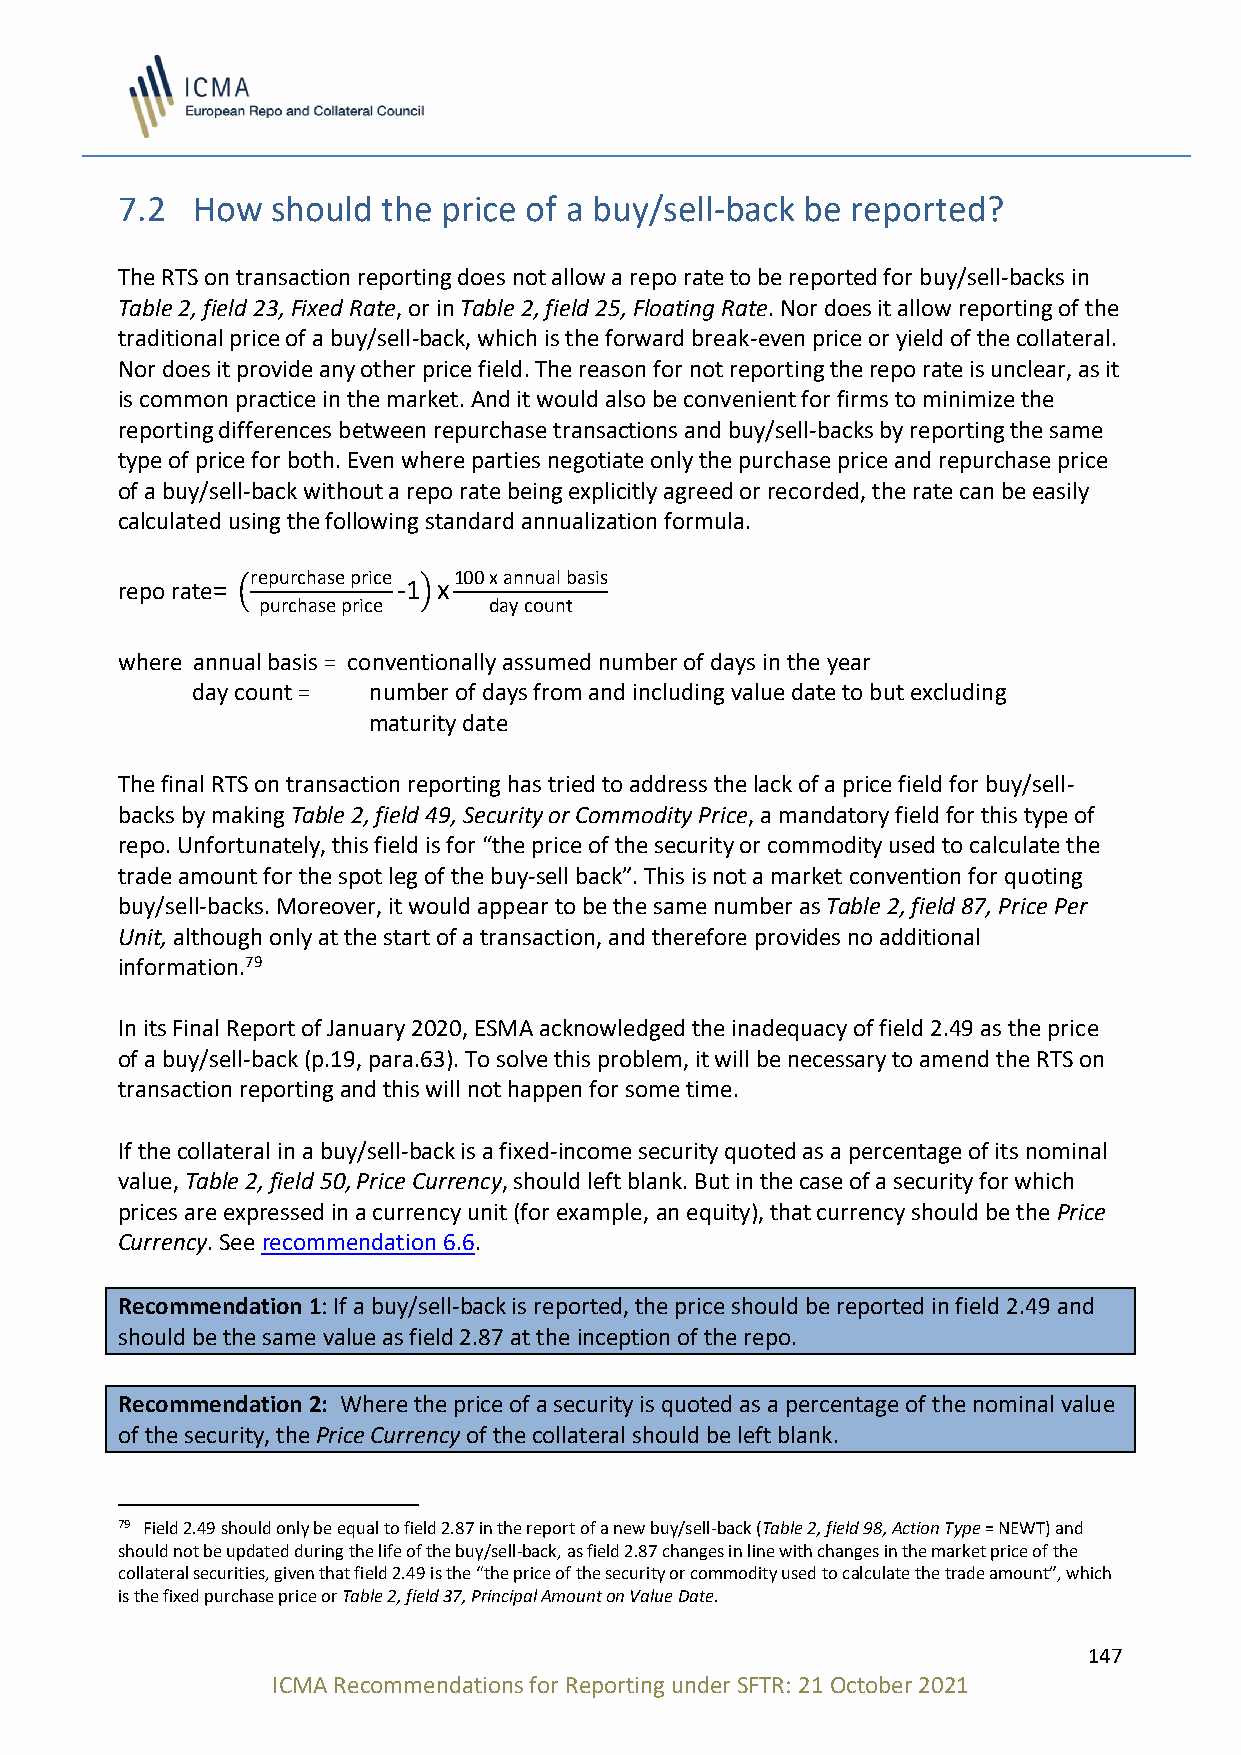
7.2  How  should the price of a buy/sell-back be reported?
 The RTS on transaction reporting does not allow a repo rate to be reported for buy/sell-backs in
 Table 2, field 23, Fixed Rate, or in Table 2, field 25, Floating Rate. Nor does it allow reporting of the
 traditional price of a buy/sell-back, which is the forward break-even price or yield of the collateral.
 Nor does it provide any other price field. The reason for not reporting the repo rate is unclear, as it
 is common practice in the market. And it would also be convenient for firms to minimize the
 reporting differences between repurchase transactions and buy/sell-backs by reporting the same
 type of price for both. Even where parties negotiate only the purchase price and repurchase price
 of a buy/sell-back without a repo rate being explicitly agreed or recorded, the rate can be easily
 calculated using the following standard annualization formula.
 repurchase price 100 x annual basis
 repo rate= (      -1)x
 purchase price day count
 where annual basis = conventionally assumed number of days in the year
 day count = number of days from and including value date to but excluding
 maturity date
 The final RTS on transaction reporting has tried to address the lack of a price field for buy/sell-
 backs by making Table 2, field 49, Security or Commodity Price, a mandatory field for this type of
 repo. Unfortunately, this field is for “the price of the security or commodity used to calculate the
 trade amount for the spot leg of the buy-sell back”. This is not a market convention for quoting
 buy/sell-backs. Moreover, it would appear to be the same number as Table 2, field 87, Price Per
 Unit, although only at the start of a transaction, and therefore provides no additional
 information.79
 In its Final Report of January 2020, ESMA acknowledged the inadequacy of field 2.49 as the price
 of a buy/sell-back (p.19, para.63). To solve this problem, it will be necessary to amend the RTS on
 transaction reporting and this will not happen for some time.
 If the collateral in a buy/sell-back is a fixed-income security quoted as a percentage of its nominal
 value, Table 2, field 50, Price Currency, should left blank. But in the case of a security for which
 prices are expressed in a currency unit (for example, an equity), that currency should be the Price
 Currency. See recommendation 6.6.
 Recommendation 1: If a buy/sell-back is reported, the price should be reported in field 2.49 and
 should be the same value as field 2.87 at the inception of the repo.
 Recommendation 2: Where the price of a security is quoted as a percentage of the nominal value
 of the security, the Price Currency of the collateral should be left blank.
 79 Field 2.49 should only be equal to field 2.87 in the report of a new buy/sell-back (Table 2, field 98, Action Type = NEWT) and
 should not be updated during the life of the buy/sell-back, as field 2.87 changes in line with changes in the market price of the
 collateral securities, given that field 2.49 is the “the price of the security or commodity used to calculate the trade amount”, which
 is the fixed purchase price or Table 2, field 37, Principal Amount on Value Date.
 147
 ICMA Recommendations for Reporting under SFTR: 21 October 2021